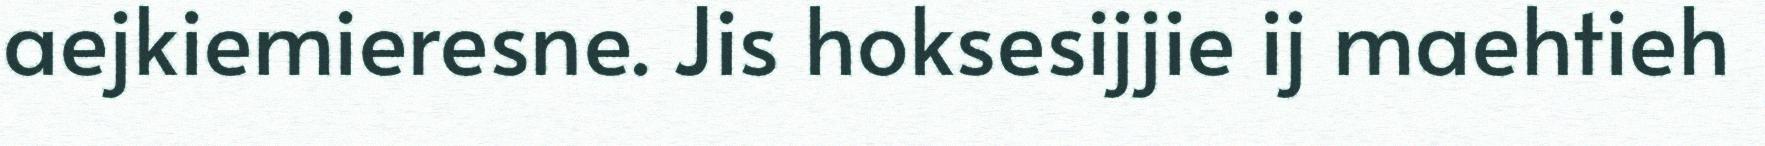
aejkiemieresne. Jis hoksesijjie ij maehtieh